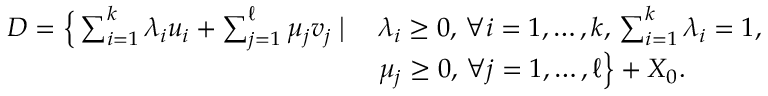
\begin{array} { r } { \begin{array} { l l } { D = \Big \{ \sum _ { i = 1 } ^ { k } \lambda _ { i } u _ { i } + \sum _ { j = 1 } ^ { \ell } \mu _ { j } v _ { j } \; \big | \; } & { \lambda _ { i } \geq 0 , \, \forall i = 1 , \ldots , k , \, \sum _ { i = 1 } ^ { k } \lambda _ { i } = 1 , } \\ & { \mu _ { j } \geq 0 , \, \forall j = 1 , \ldots , \ell \Big \} + X _ { 0 } . } \end{array} } \end{array}